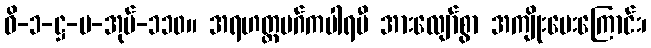
ဝိ-၁-ဋ္ဌ-ပ-အုပ်-၁၁၀။ အရဟတ္တမဂ်ကပါရမီ အားလျော်စွာ အကျိုးပေးကြောင်း၊